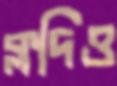
ক্লদিও